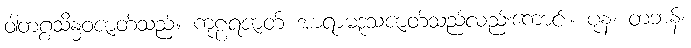
ဝါတဂ္ဂသိန္ဓဝဇာတ်သည်။ ကုဠရဇာတ် အာရာမဒူသဇာတ်သည်လည်းကောင်း။ ပုန၊ တဘန်။